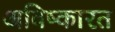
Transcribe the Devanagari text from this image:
अविष्कारत